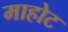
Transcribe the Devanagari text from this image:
माहोट